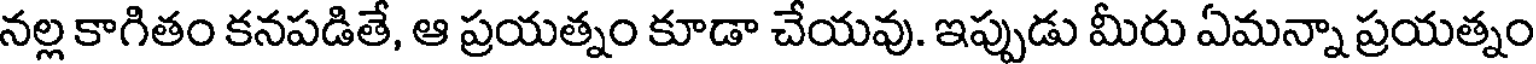
నల్ల కాగితం కనపడితే, ఆ ప్రయత్నం కూడా చేయవు. ఇప్పుడు మీరు ఏమన్నా ప్రయత్నం